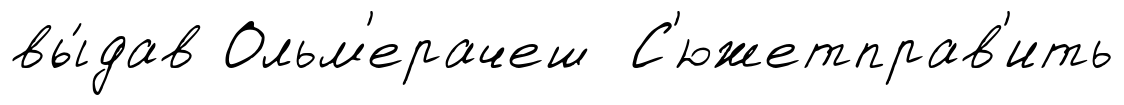
вы́дав Ольм'ерачеш С'южетправ'ить